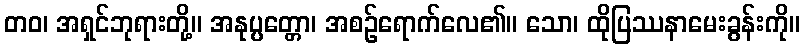
တဝ၊ အရှင်ဘုရားတို့။ အနုပ္ပတ္တော၊ အစဉ်ရောက်လေ၏။ သော၊ ထိုပြဿနာမေးခွန်းကို။